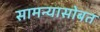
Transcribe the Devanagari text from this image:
सामन्यासोबत